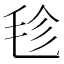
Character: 𣭕